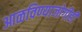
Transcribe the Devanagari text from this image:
आळविण्याजोगीही